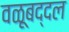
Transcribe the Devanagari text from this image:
वळूबद्दल